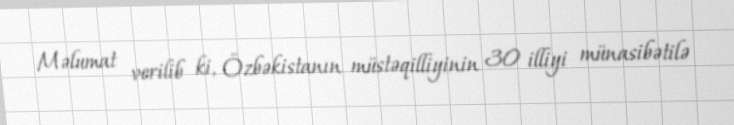
Məlumat verilib ki, Özbəkistanın müstəqilliyinin 30 illiyi münasibətilə